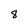
Character: 8